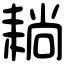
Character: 耥